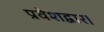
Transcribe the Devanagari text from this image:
प्रवेशद्वार।